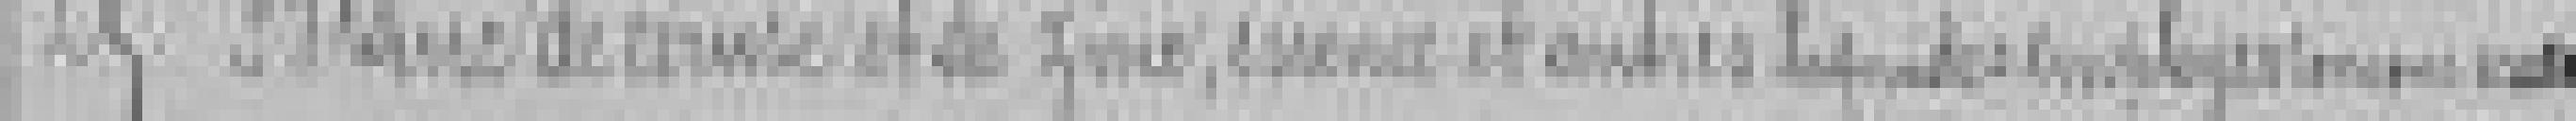
25. Blanc de ?? et de zinc, essence et autres liquides employés ???